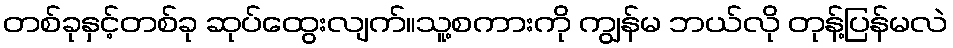
တစ်ခုနှင့်တစ်ခု ဆုပ်ထွေးလျက်။သူ့စကားကို ကျွန်မ ဘယ်လို တုန့်ပြန်မလဲ